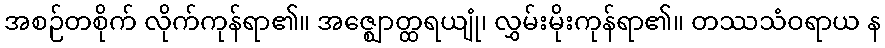
အစဉ်တစိုက် လိုက်ကုန်ရာ၏။ အဇ္ဈောတ္ထရယျုံ၊ လွှမ်းမိုးကုန်ရာ၏။ တဿသံဝရာယ န